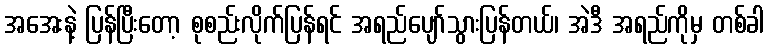
အအေးနဲ့ ပြန်ပြီးတော့ စုစည်းလိုက်ပြန်ရင် အရည်ပျော်သွားပြန်တယ်၊ အဲဒီ အရည်ကိုမှ တစ်ခါ